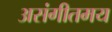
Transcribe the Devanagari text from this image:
असंगीतमय